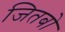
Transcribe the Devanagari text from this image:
जितबो